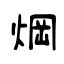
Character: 焵